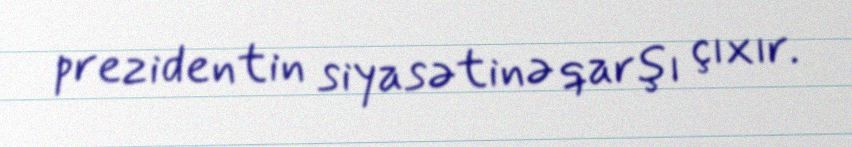
prezidentin siyasətinə qarşı çıxır.